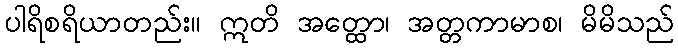
ပါရိစရိယာတည်း။ ဣတိ အတ္ထော၊ အတ္တကာမာစ၊ မိမိသည်